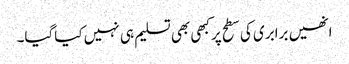
انھیں برابری کی سطح پرکبھی بھی تسلیم ہی نہیں کیاگیا۔